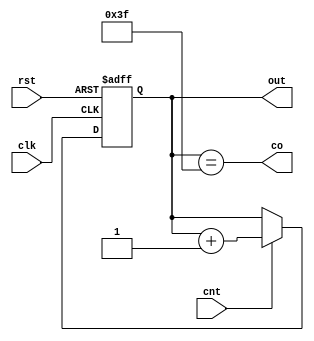
module Counter (clk, rst, cnt, out, co);
    input clk ,rst ,cnt;
    output reg[5 : 0] out;
    output co;

    always @(posedge clk, posedge rst) begin
        if(rst) 
            out = 1'd0;
        else if(cnt)
            out = out + 1'd1;
    end

    assign co = out == 6'b111111;
endmodule